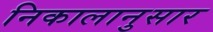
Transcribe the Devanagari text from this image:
निकालानुसार